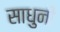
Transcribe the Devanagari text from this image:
साधुनी